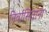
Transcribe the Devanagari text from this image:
निर्वासितांना